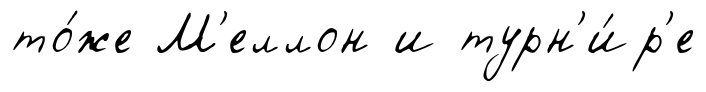
то́же М'еллон и турн'и́р'е